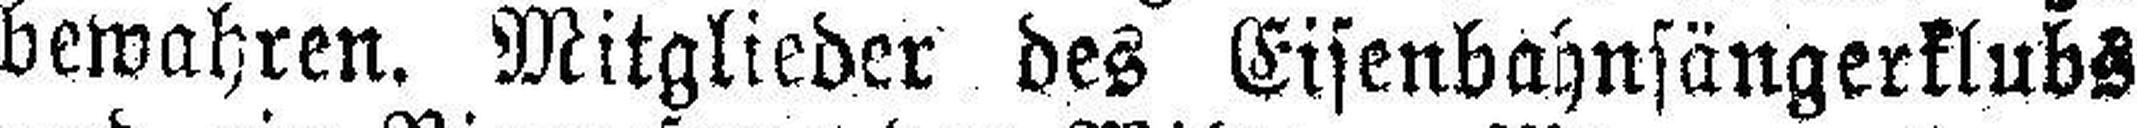
bewahren. Mitglieder des Eisenbahnsängerklubs